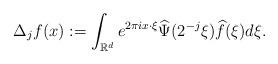
LaTeX: \begin{align*}\Delta_j f(x) := \int_{{\mathbb R}^d} e^{2\pi i x\cdot\xi} \widehat{\Psi}(2^{-j}\xi)\widehat{f}(\xi) d\xi.\end{align*}